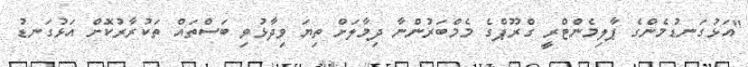
"އަޅުގަނޑުމެންގެ ޕާލިމެންޓްރީ ގްރޫޕްގެ މެމްބަރުންނާ ދިމާލަށް ތިޔަ ވިދާޅުވި ބަސްތައް ތަކުރާރުކޮށް އަޅުގަނޑު